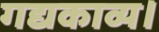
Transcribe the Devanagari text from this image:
गद्यकाव्य।